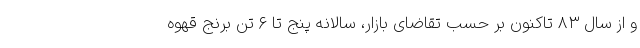
و از سال ۸۳ تاکنون بر حسب تقاضای بازار، سالانه پنج تا ۶ تن برنج قهوه